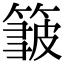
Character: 𥲝